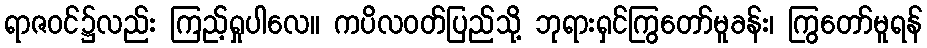
ရာဇဝင်၌လည်း ကြည့်ရှုပါလေ။ ကပိလဝတ်ပြည်သို့ ဘုရားရှင်ကြွတော်မူခန်း၊ ကြွတော်မူရန်